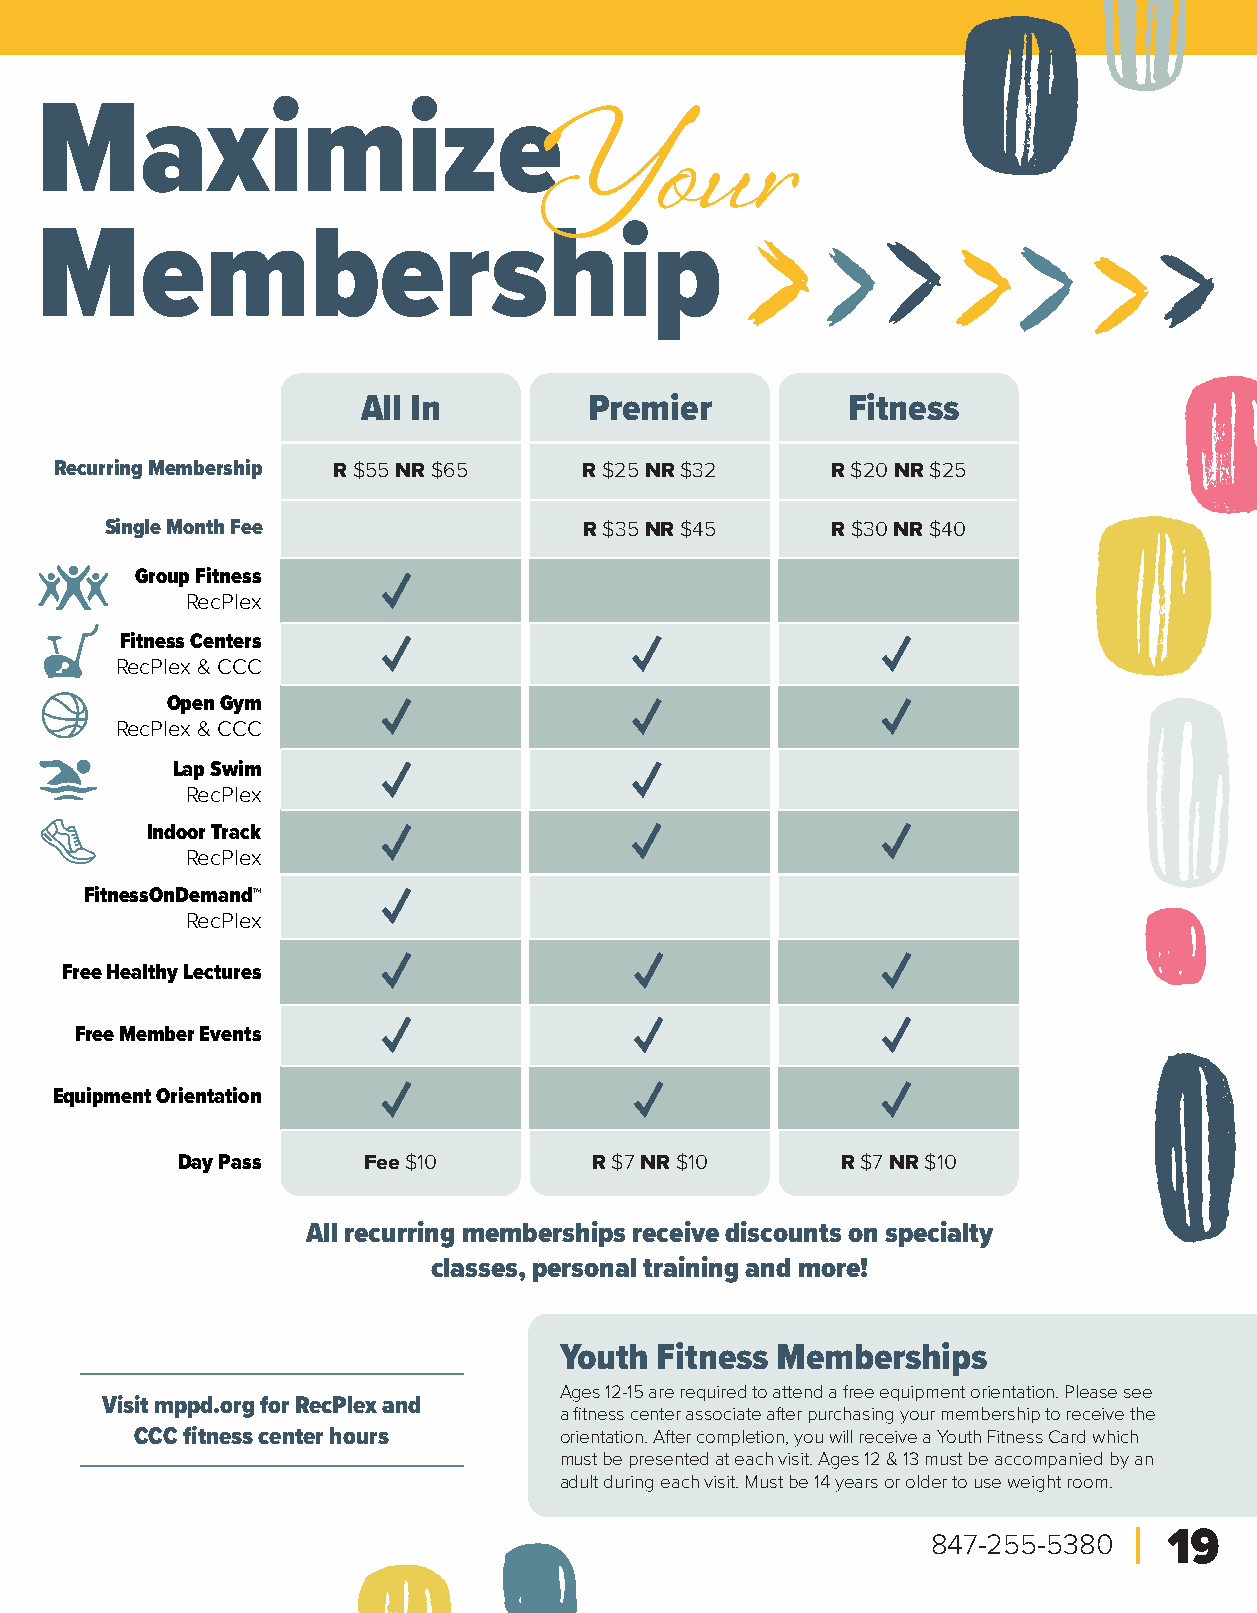
Maximize
 Y       our
 Membership
 All In         Premier          Fitness
 Recurring Membership R $55 NR $65  R $25 NR $32    R $20 NR $25
 Single Month Fee                R $35 NR $45    R $30 NR $40
 Group Fitness
 RecPlex
 Fitness Centers
 RecPlex & CCC
 Open Gym
 RecPlex & CCC
 Lap Swim
 RecPlex
 Indoor Track
 RecPlex
 FitnessOnDemand™
 RecPlex
 Free Healthy Lectures
 Free Member Events
 Equipment Orientation
 Day Pass    Fee $10        R $7 NR $10      R $7 NR $10
 All recurring memberships receive discounts on specialty
 classes, personal training and more!
 Youth Fitness Memberships
 Ages 12-15 are required to attend a free equipment orientation. Please see
 Visit mppd.org for RecPlex and
 a fitness center associate after purchasing your membership to receive the
 CCC fitness center hours    orientation. After completion, you will receive a Youth Fitness Card which
 must be presented at each visit. Ages 12 & 13 must be accompanied by an
 adult during each visit. Must be 14 years or older to use weight room.
 847-255-5380   19